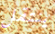
ينتقل